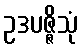
ဥဒပဇ္ဇိသုံ